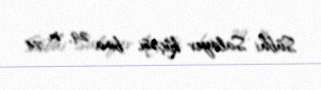
Sübhi Salayev küçəsi, bina 29, m. 74